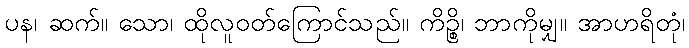
ပန၊ ဆက်။ သော၊ ထိုလူဝတ်ကြောင်သည်။ ကိဉ္စိ၊ ဘာကိုမျှ။ အာဟရိတုံ၊